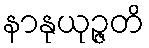
နာနုယုဉ္ဇတိ